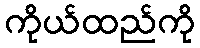
ကိုယ်ထည်ကို